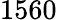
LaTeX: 1560